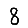
Digit: 8